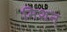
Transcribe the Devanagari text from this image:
मिशन